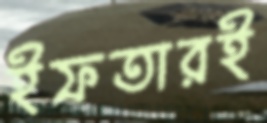
ইফতারই